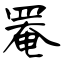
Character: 罨